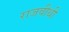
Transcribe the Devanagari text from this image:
राजवीथी